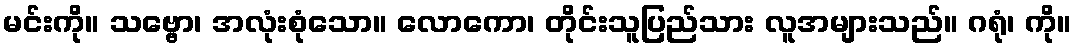
မင်းကို။ သဗ္ဗော၊ အလုံးစုံသော။ လောကော၊ တိုင်းသူပြည်သား လူအများသည်။ ဂရုံ၊ ကို။